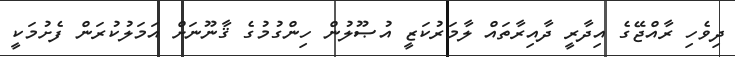
ދިވެހި ރާއްޖޭގެ އިދާރީ ދާއިރާތައް ލާމަރުކަޒީ އުޞޫލުން ހިންގުމުގެ ޤާނޫނަށް އަމަލުކުރަން ފެށުމަކީ